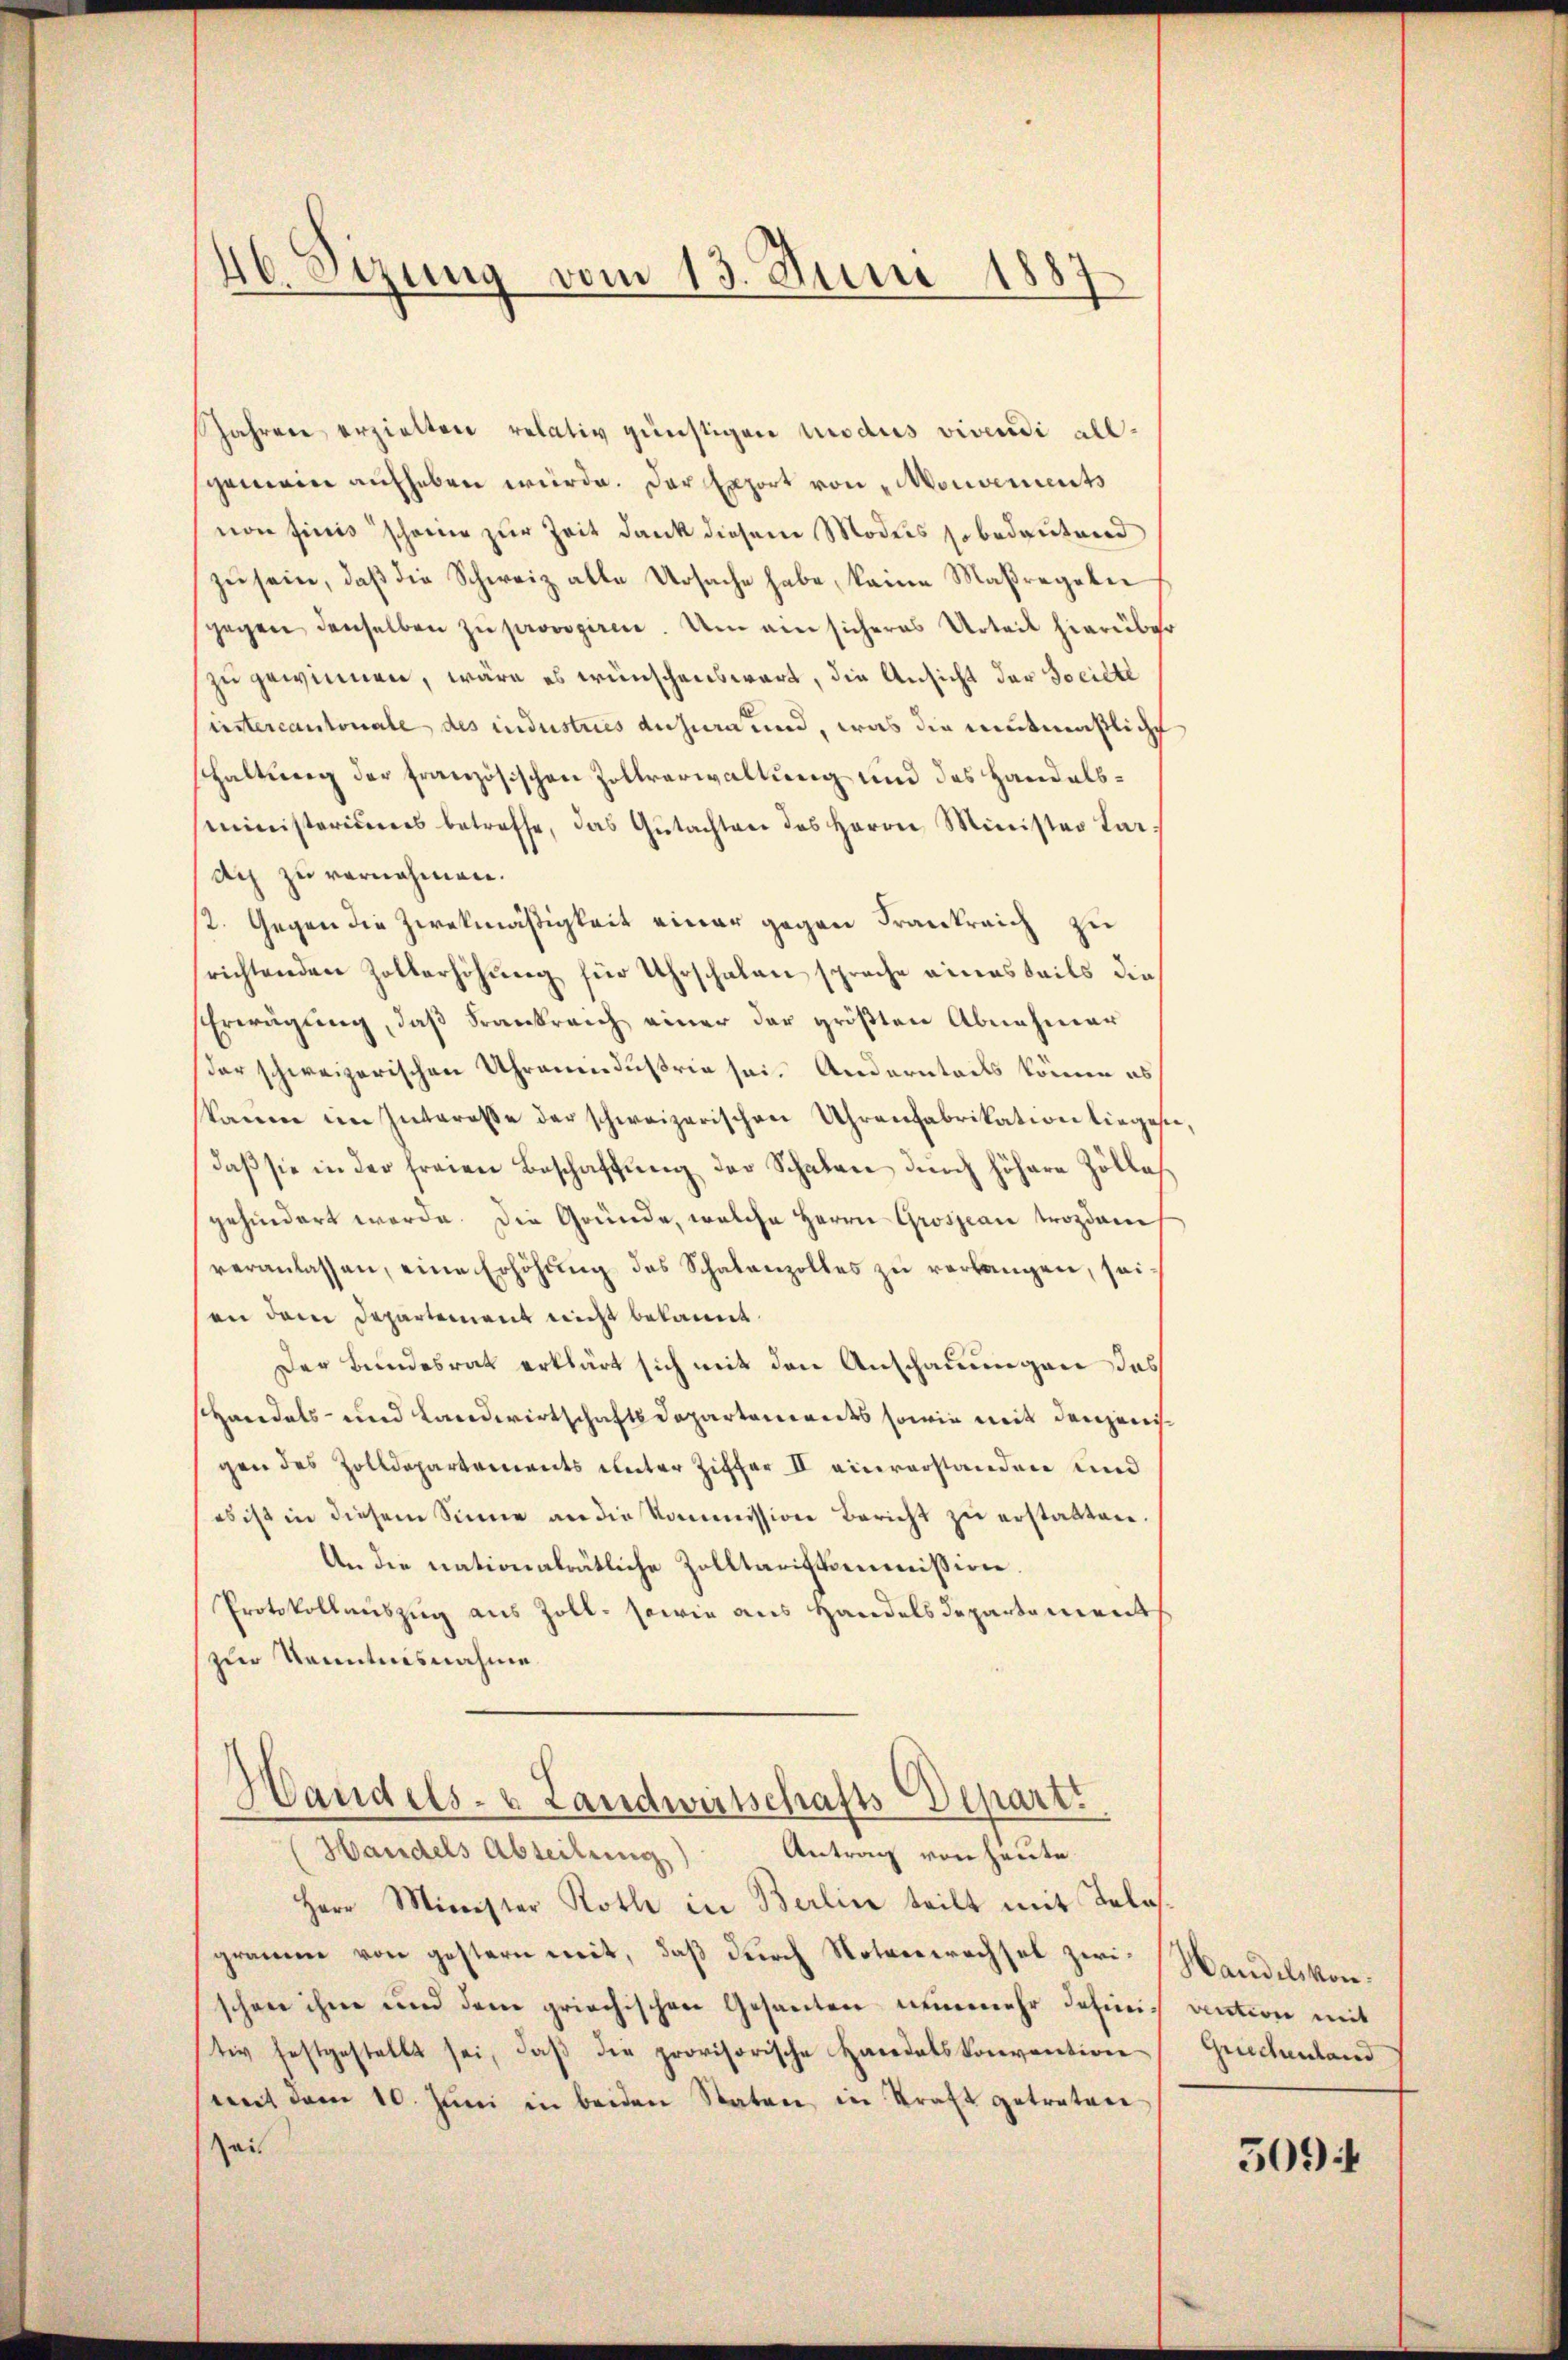
46. Sizung vom 13. Juni 1887

Jahren erzielten relativ günstigen modus vivendi allgemein aufheben würde. Der Export von Mouvements
non finis schöner zur Zeit dank diesem Modeis so bedeutend
zu sein, daß die Schweiz alle Ursache habe, keine Maßregeln
gegen denselben zu provoziren. Um ein sicheres Urteil hierüber
zu gewinnen, wäre es wünschenswart, die Ansicht der Societe
instercantonale des industries dahiera und, was die Rentmaßliche
haltung der französischen Zollverwaltung und des Handelsministerieres betreffe, das Gŭtachten des Herrn Minister Bar-
di zu vornehmen.
2. Gegen die Zweckmäßigkeit einer gegen Frankreich zu
richtenden Zollerhöhung für Uhrschalen sprache einesteils dies
Erwägung, daß Frankreich einer der größten Abnehmer
der schweizerischen Uhrenendustrie sei. Andernteils könne es
kann im Intereße der schweizerischen Uhrenfabrikation lieges
daβ sie in der freien Beschaffŭng der Schalen durch höhere Zölles
gehindert werde. Die Gründe, welche Herrn Grosseau trozdam
veranlassen, eine Erhöhung des Schalenzolles zu verlangen, seian dem Departement nicht bekannt.
Der Bundesrat erklärt sich mit den Anschauungen das
Handels- und Landwirtschaftsdepartements sowie mit denjenisgen des Zolldepartements unter Ziffer II einverstanden und
eb ist in diesem Sinne an die Kommission bericht zŭ erstatten.
An die nationalrätliche Zolltariskommission.
Protokollauszug aus Zoll- sowie aus Handelsdepartement
zur Kenntnisnahme.
Handels- & Landwirtschafts-Departi
(Handels Abteilŭng Antrag von heute.
Herr Minister Roth in Berlin teilt mit Teles.
gramm von gestern mit, daß durch Notenwechsel zwischon ihne und dem griechischen Gesanten nunmehr definitiv festgestellt sei, daβ die provisorische Handelskonvention
streit dem 10. Jŭni in beiden Staten in Straft getreten
Zeis

Handelskonvention mit
Griechenland

509